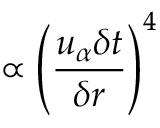
\propto { \left( \frac { u _ { \alpha } \delta t } { \delta r } \right) } ^ { 4 }